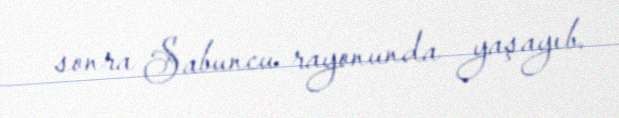
sonra Sabuncu rayonunda yaşayıb.